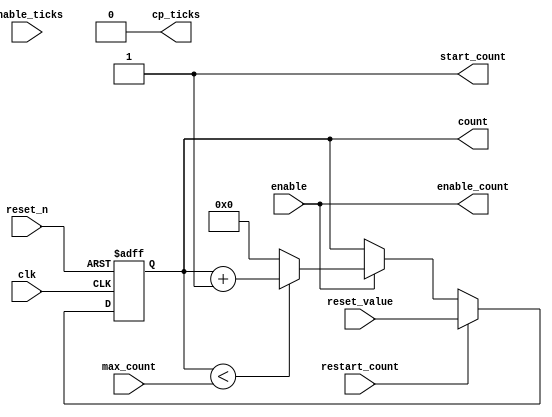
module alt_vipitc131_common_generic_count
	#( parameter WORD_LENGTH = 12,
		parameter MAX_COUNT = 1280,
        parameter RESET_VALUE = 0,
        parameter TICKS_WORD_LENGTH = 1,
        parameter TICKS_PER_COUNT = 1
		)
	(
		input wire clk,
		input wire reset_n,
		
		input wire enable,
		input wire enable_ticks,
        input wire [WORD_LENGTH-1:0] max_count, // -1
		output reg [WORD_LENGTH-1:0] count,
        input wire restart_count,
        input wire [WORD_LENGTH-1:0] reset_value,
        
        output wire enable_count,
        output wire start_count,
        output wire [TICKS_WORD_LENGTH-1:0] cp_ticks
	);
    
    
    generate
        if(TICKS_PER_COUNT == 1) begin
            assign start_count = 1'b1;
            assign enable_count = enable;
            assign cp_ticks = 1'b0;
        end else begin
            reg [TICKS_WORD_LENGTH-1:0] ticks;
            
            always @(posedge clk or negedge reset_n)
                if (!reset_n)
                    ticks <= {TICKS_WORD_LENGTH{1'b0}};
                else
                    ticks <= (restart_count) ? {TICKS_WORD_LENGTH{1'b0}} :
                             (enable) ? (ticks >= TICKS_PER_COUNT - 1) ? {TICKS_WORD_LENGTH{1'b0}} : ticks + 1'b1 : ticks;
        
            assign start_count = ticks == {TICKS_WORD_LENGTH{1'b0}} || !enable_ticks;
            assign enable_count = enable && ((ticks >= TICKS_PER_COUNT - 1) || !enable_ticks);
            assign cp_ticks = ticks & {TICKS_WORD_LENGTH{enable_ticks}};
        end
    endgenerate
    
	always @(posedge clk or negedge reset_n)
		if (!reset_n)
			count <= RESET_VALUE[WORD_LENGTH-1:0];
		else
		   count <= (restart_count) ? reset_value :
                    (enable_count) ? (count < max_count) ? count + 1'b1 : {(WORD_LENGTH){1'b0}} : count;					
endmodule